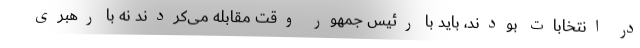
در انتخابات بودند، باید با رئیس جمهور وقت مقابله می‌کردند نه با رهبری